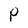
Character: P